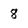
Character: 8